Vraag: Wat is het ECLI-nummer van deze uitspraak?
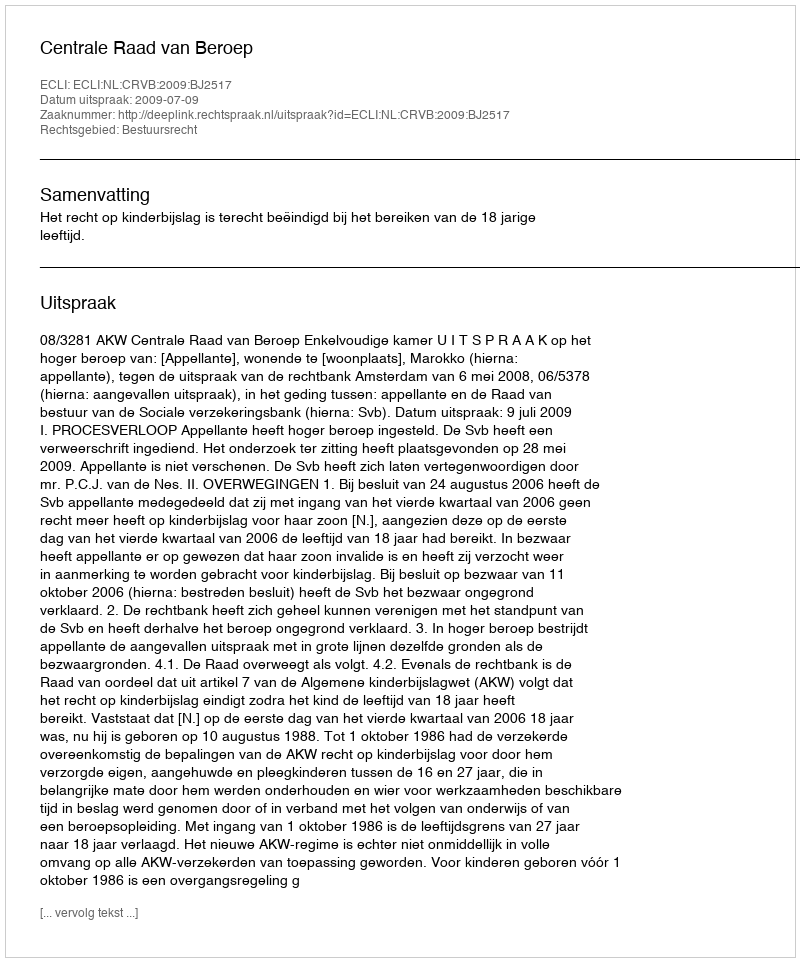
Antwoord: ECLI:NL:CRVB:2009:BJ2517